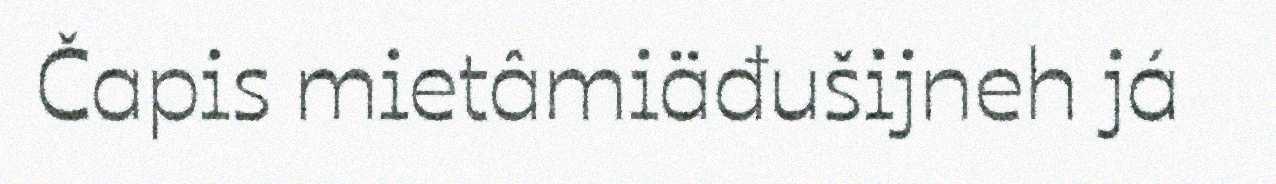
Čapis mietâmiäđušijneh já